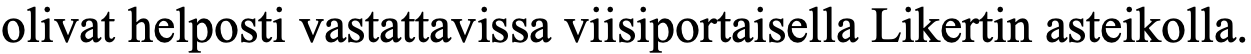
olivat helposti vastattavissa viisiportaisella Likertin asteikolla.